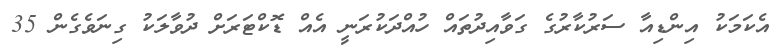
އެކަމަކު އިންޑިއާ ސަރުކާރުގެ ގަވާއިދުތައް ހުއްދަކުރަނީ އެއް ޑޮކްޓަރަށް ދުވާލަކު ގިނަވެގެން 35